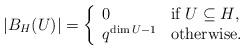
LaTeX: \begin{align*}|B_H(U)|=\left\lbrace\begin{array}{lll}0 &\hbox{if $U\subseteq H$},\\q^{\dim U-1}&\hbox{otherwise}.\end{array}\right.\end{align*}